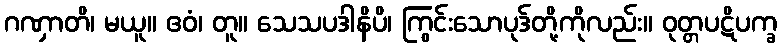
ဂဏှာတိ၊ မယူ။ ဧဝံ၊ တူ။ သေသပဒါနိပိ၊ ကြွင်းသောပုဒ်တို့ကိုလည်း။ ဝုတ္တပဋိပက္ခ